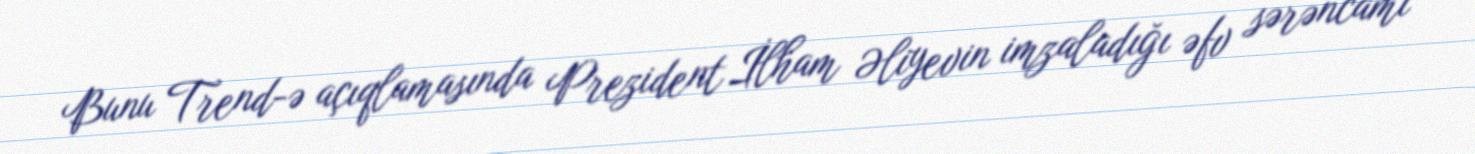
Bunu Trend-ə açıqlamasında Prezident İlham Əliyevin imzaladığı əfv sərəncamı